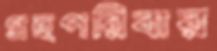
গ্রহপরিবার